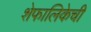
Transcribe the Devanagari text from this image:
शेफालिकेची